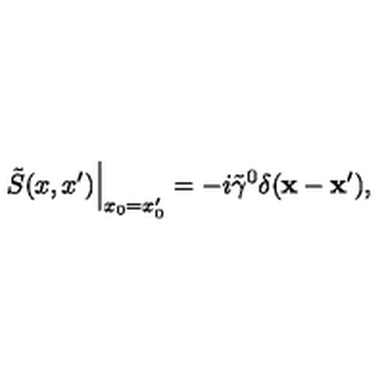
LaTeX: \left. \tilde { S } ( x , x ^ { \prime } ) \right| _ { x _ { 0 } = x _ { 0 } ^ { \prime } } = - i \tilde { \gamma } ^ { 0 } \delta ( { \bf x } - { \bf x } ^ { \prime } ) ,